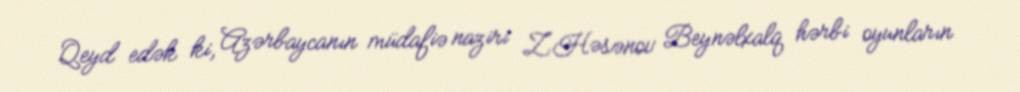
Qeyd edək ki, Azərbaycanın müdafiə naziri Z.Həsənov Beynəlxalq hərbi oyunların